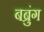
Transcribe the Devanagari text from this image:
बब्रुंग